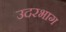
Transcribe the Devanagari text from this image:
उदरभाग